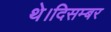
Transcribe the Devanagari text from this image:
थे।दिसम्बर